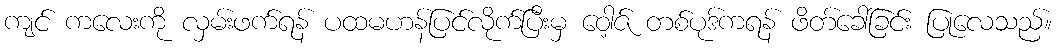
ကျင် ကလေးကို လှမ်းဖက်ရန် ပထမဟန်ပြင်လိုက်ပြီးမှ ဝေါ့ဇ် တစ်ပုဒ်ကရန် ဖိတ်ခေါ်ခြင်း ပြုလေသည်။